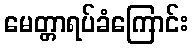
မေတ္တာရပ်ခံကြောင်း